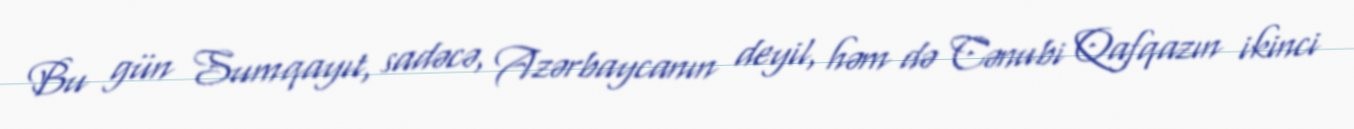
Bu gün Sumqayıt, sadəcə, Azərbaycanın deyil, həm də Cənubi Qafqazın ikinci